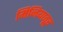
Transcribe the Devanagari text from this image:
मिनियातूर